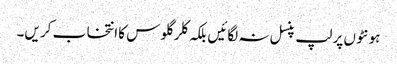
ہو نٹو ں پر لپ پنسل نہ لگائیں بلکہ کلر گلو س کا انتخا ب کر یں۔